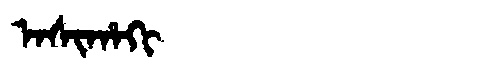
Manchu: ᠠᠰᡳᡥᠠᡴᡳ
Romanization: ASIHAKI